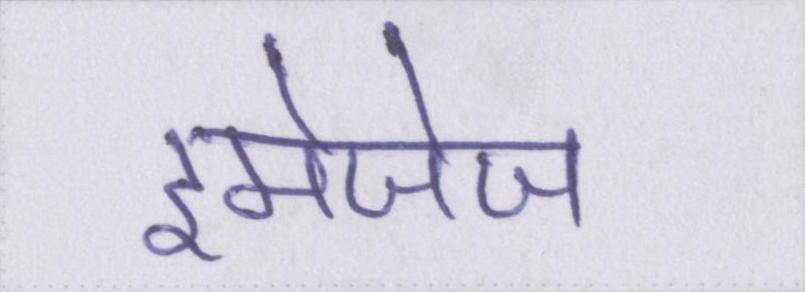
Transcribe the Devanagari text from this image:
इमेजेज